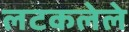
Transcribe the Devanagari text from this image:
लटकलेले